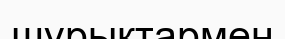
шұрықтармен